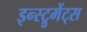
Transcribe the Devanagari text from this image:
इन्स्ट्रुमेंट्‌स